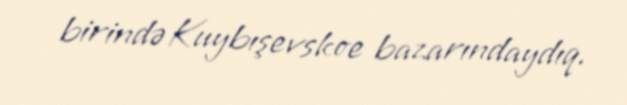
birində Kuybışevskoe bazarındaydıq.